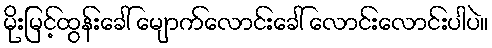
မိုးမြင့်ထွန်းခေါ် မျောက်လောင်းခေါ် လောင်းလောင်းပါပဲ။